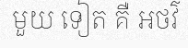
មួយ ទៀត គឺ អថវ៌